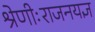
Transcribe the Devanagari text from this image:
श्रेणीःराजनयज्ञ